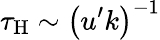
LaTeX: \tau_{\mathrm{H}}\sim\left(u^{\prime}k\right)^{-1}